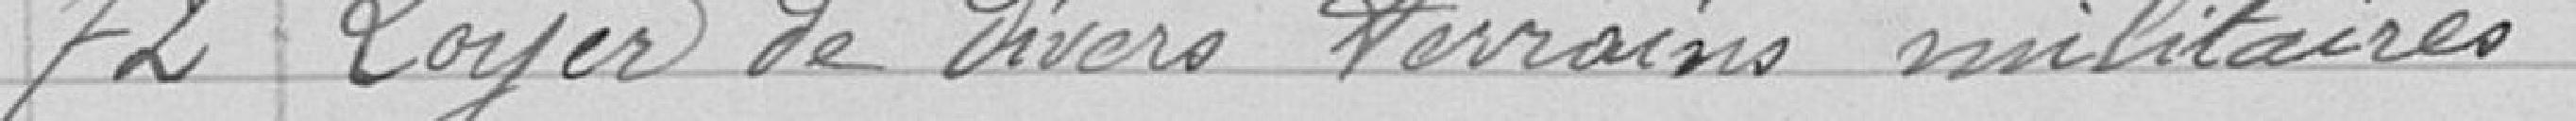
72 Loyer de divers terrains militaires